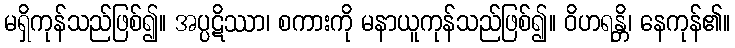
မရှိကုန်သည်ဖြစ်၍။ အပ္ပဋိဿာ၊ စကားကို မနာယူကုန်သည်ဖြစ်၍။ ဝိဟရန္တိ၊ နေကုန်၏။